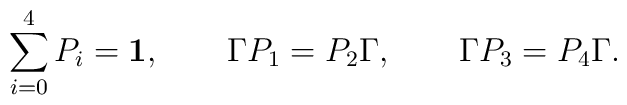
\sum_{i=0}^4 P_i = {\bf 1}, \qquad\Gamma P_1 = P_2 \Gamma, \qquad\Gamma P_3 = P_4 \Gamma.